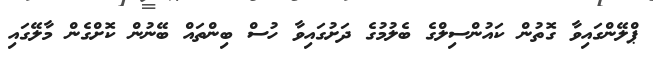
ޕްލޭންގައިވާ ގޮތުން ކައުންސިލްގެ ބެލުމުގެ ދަށުގައިވާ ހުސް ބިންތައް ބޭނުން ކޮށްގެން މާލޭގައި